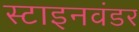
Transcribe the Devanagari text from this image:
स्टाइनवंडर